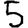
Digit: 5